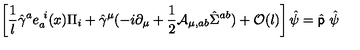
\left[ { \frac { 1 } { l } } \hat { \gamma } ^ { a } e _ { a } ^ { \ i } ( x ) \Pi _ { i } + \hat { \gamma } ^ { \mu } ( - i \partial _ { \mu } + { \frac { 1 } { 2 } } { \mathcal A } _ { \mu , a b } \hat { \Sigma } ^ { a b } ) + { \mathcal O } ( l ) \right] \hat { \psi } = \hat { \sf p } \ \hat { \psi }